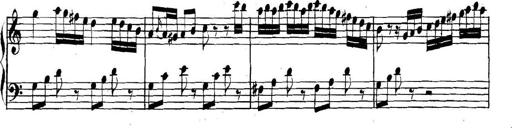
Title: Collected Piano Sonatas
Composer: Muzio Clementi